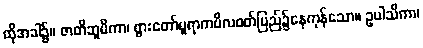
ထိုအခါ၌။ ဇာတိဘူမိကာ၊ ဖွားတော်မူရာကပိလဝတ်ပြည်၌နေကုန်သော။ ဥပါသိကာ၊